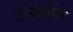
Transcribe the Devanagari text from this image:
अकर्मैन